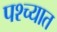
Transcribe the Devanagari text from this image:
पश्‍च्यात